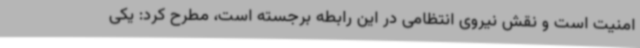
امنیت است و نقش نیروی انتظامی در این رابطه برجسته است، مطرح کرد: یکی